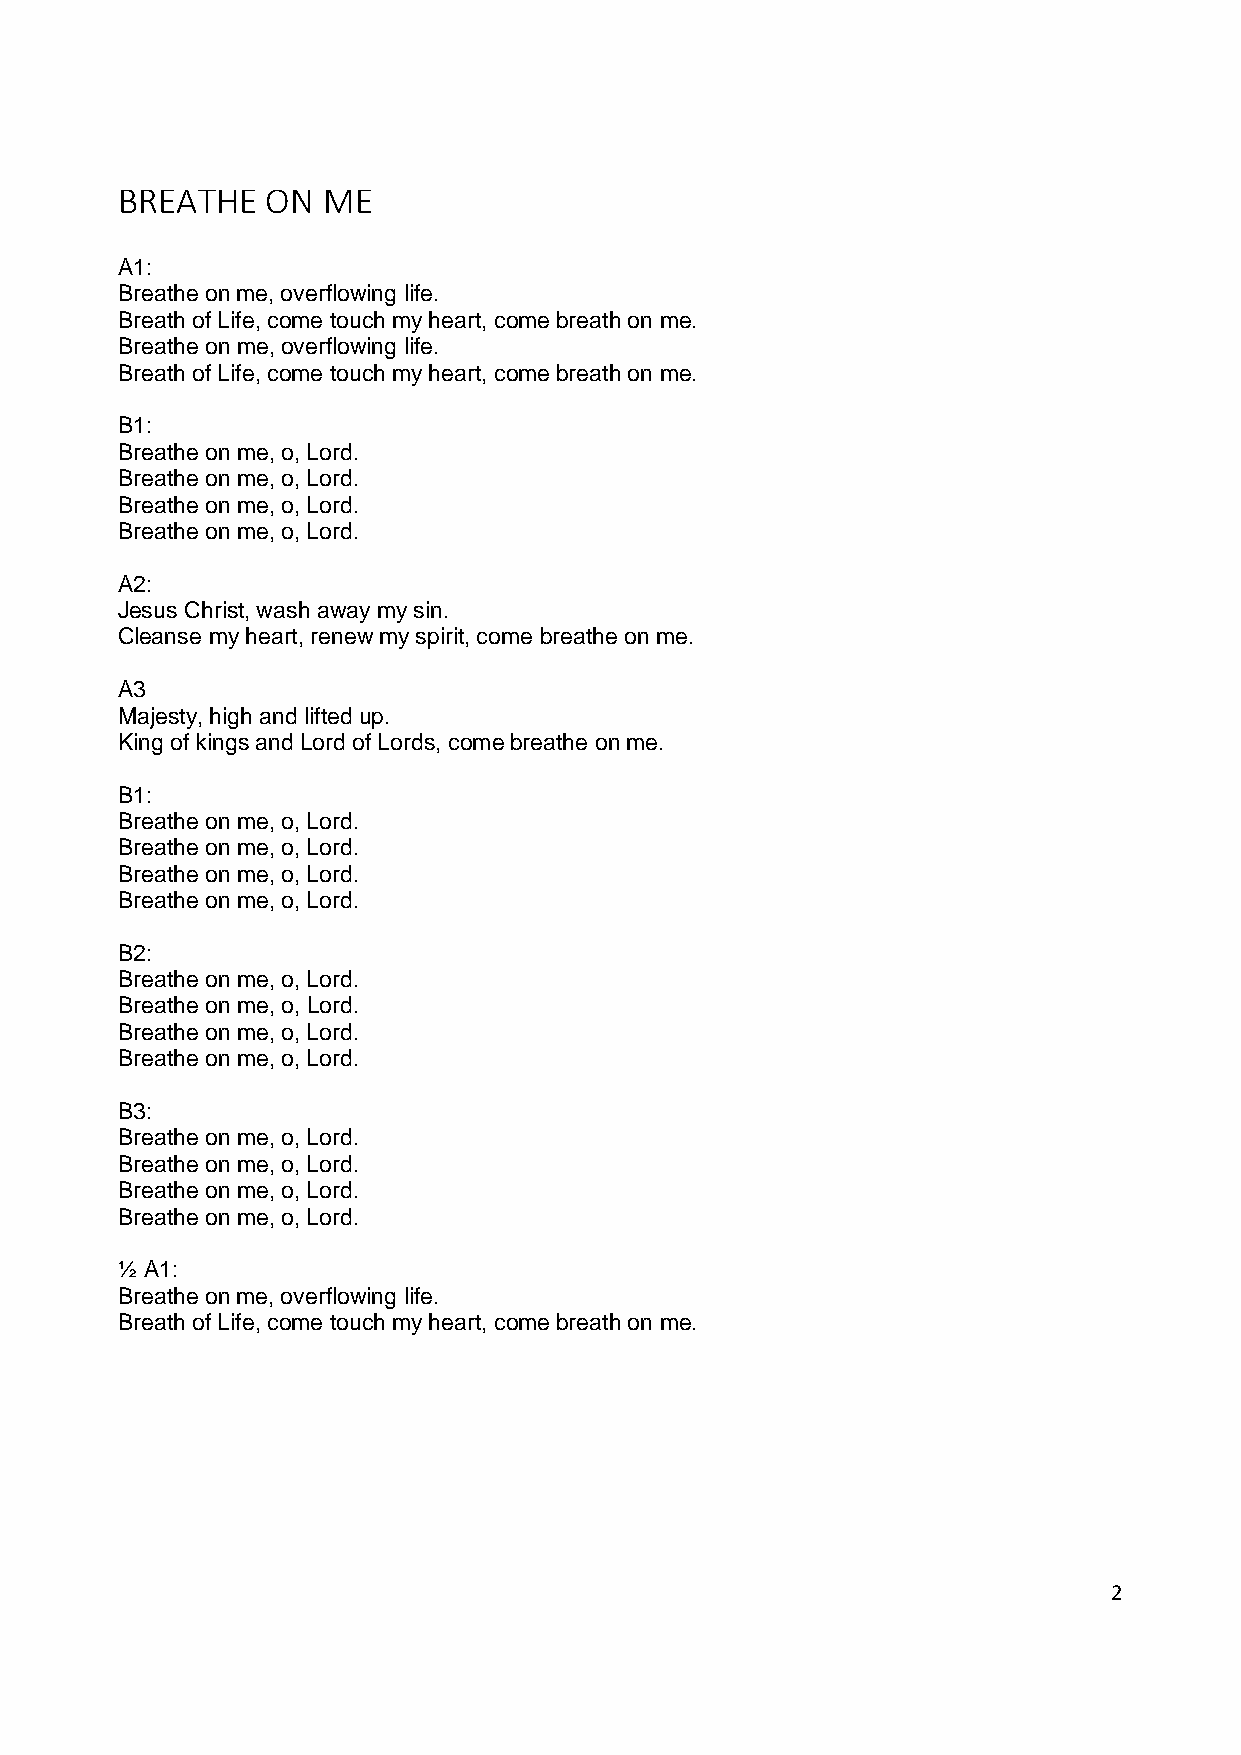
BREATHE   ON ME
 A1:
 Breathe on me, overflowing life.
 Breath of Life, come touch my heart, come breath on me.
 Breathe on me, overflowing life.
 Breath of Life, come touch my heart, come breath on me.
 B1:
 Breathe on me, o, Lord.
 Breathe on me, o, Lord.
 Breathe on me, o, Lord.
 Breathe on me, o, Lord.
 A2:
 Jesus Christ, wash away my sin.
 Cleanse my heart, renew my spirit, come breathe on me.
 A3
 Majesty, high and lifted up.
 King of kings and Lord of Lords, come breathe on me.
 B1:
 Breathe on me, o, Lord.
 Breathe on me, o, Lord.
 Breathe on me, o, Lord.
 Breathe on me, o, Lord.
 B2:
 Breathe on me, o, Lord.
 Breathe on me, o, Lord.
 Breathe on me, o, Lord.
 Breathe on me, o, Lord.
 B3:
 Breathe on me, o, Lord.
 Breathe on me, o, Lord.
 Breathe on me, o, Lord.
 Breathe on me, o, Lord.
 ½ A1:
 Breathe on me, overflowing life.
 Breath of Life, come touch my heart, come breath on me.
 2